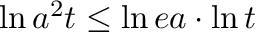
{ \ln { a ^ { 2 } t } } \le { \ln { e a } } \cdot { \ln { t } }